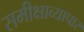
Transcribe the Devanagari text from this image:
समीक्षाव्यापार